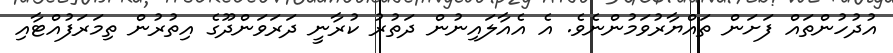
އުދުހުންތައް ފަށަން ތައްޔާރުވަމުންނެވެ. އެ އެއާލައިނުން ދަތުރު ކުރާނީ ދަރަވަންދޫގެ އިތުުރުން ތިމަރަފުއްޓާއި